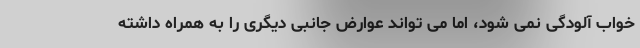
خواب آلودگی نمی شود، اما می تواند عوارض جانبی دیگری را به همراه داشته